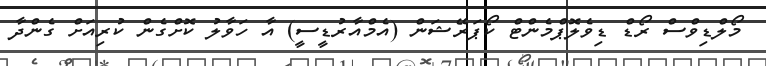
މޯލްޑިވްސް ރޯޑް ޑިވެލޮޕްމެންޓް ކޯޕަރޭޝަން (އެމްއާރުޑީސީ) އާ ހަވާލު ކޮށްގެން ކުރިއަށް ގެންދާ